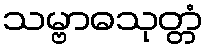
သမ္ဗာဓသုတ္တံ